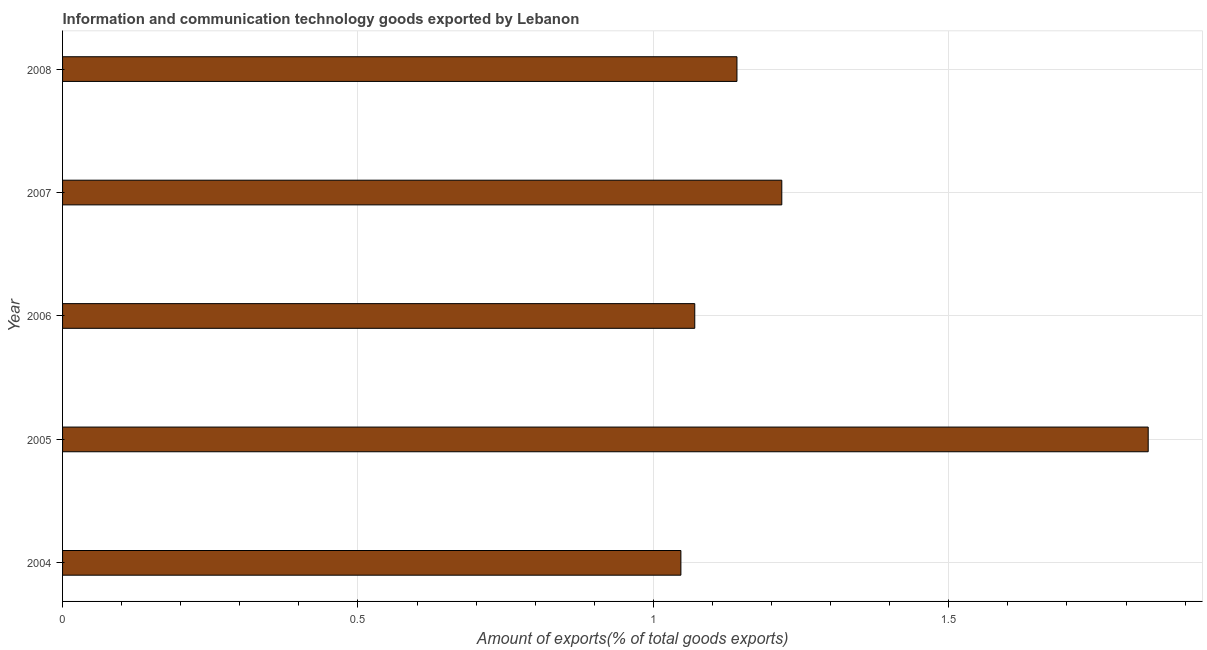
| Year | ICT goods exports |
 | --- | --- |
 | 2004 | 1.05 |
 | 2005 | 1.84 |
 | 2006 | 1.07 |
 | 2007 | 1.22 |
 | 2008 | 1.14 |